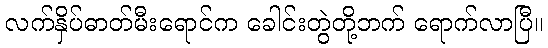
လက်နှိပ်ဓာတ်မီးရောင်က ခေါင်းတွဲတို့ဘက် ရောက်လာပြီ။